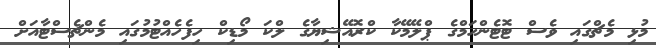
މުޅި މެޗްގައި ވެސް ޓޮޓެންހަމްގެ ޕްލޭމޭކާ ކްރޮއޭޝިޔާގެ ލްކަ މޯޑިކް ހިފެހެއްޓުމުގައި މެންޗެސްޓާއަށް